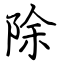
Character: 除